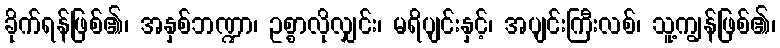
ခိုက်ရန်ဖြစ်၏၊ အနှစ်ဘဏ္ဍာ၊ ဥစ္စာလိုလျှင်း၊ မရိပျင်းနှင့်၊ အပျင်းကြီးလစ်၊ သူ့ကျွန်ဖြစ်၏၊